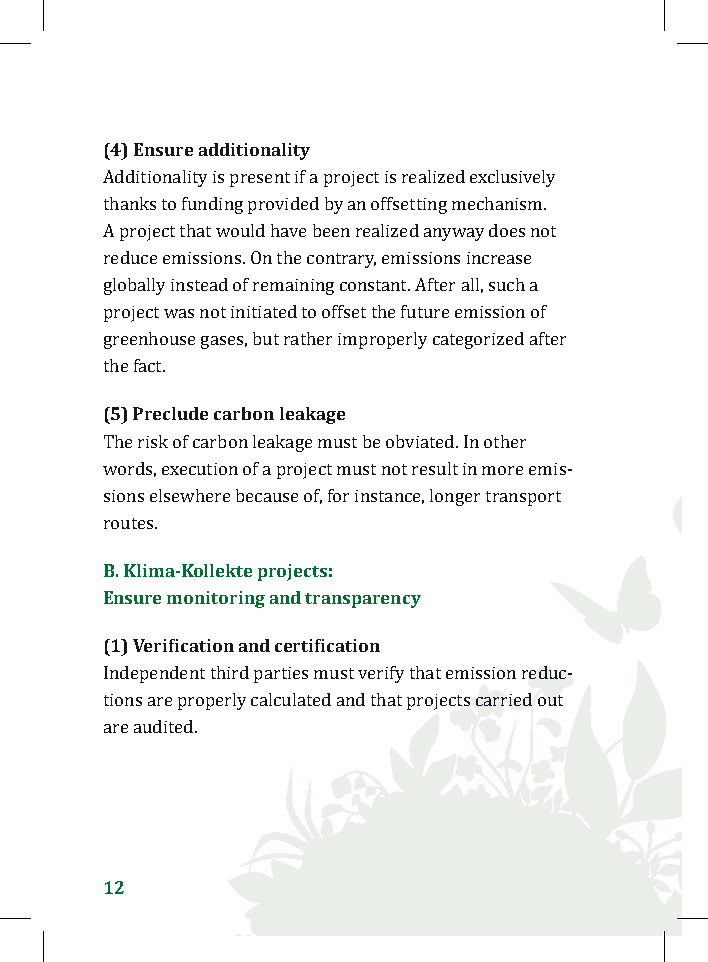
(4) Ensure additionality
 Additionality is present if a project is realized exclusively
 thanks to funding provided by an offsetting mechanism.
 A project that would have been realized anyway does not
 reduce emissions. On the contrary, emissions increase
 globally instead of remaining constant. After all, such a
 project was not initiated to offset the future emission of
 greenhouse gases, but rather improperly categorized after
 t(h5e) fParcet.clude carbon leakage
 The risk of carbon leakage must be obviated. In other
 words, execution of a project must not result in more emis-
 sions elsewhere because of, for instance, longer transport
 rBo. uKtleism. a-Kollekte projects:
 Ensure monitoring and transparency
 (1) Verification and certification
 Independent third parties must verify that emission reduc-
 tions are properly calculated and that projects carried out
 are audited.
 12